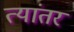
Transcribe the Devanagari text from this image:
त्यांतर